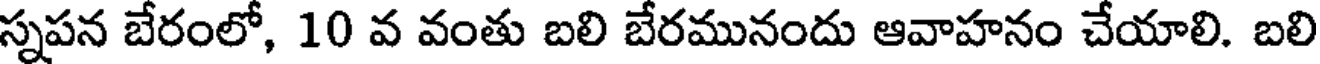
స్నపన బేరంలో, 10 వ వంతు బలి బేరమునందు ఆవాహనం చేయాలి. బలి